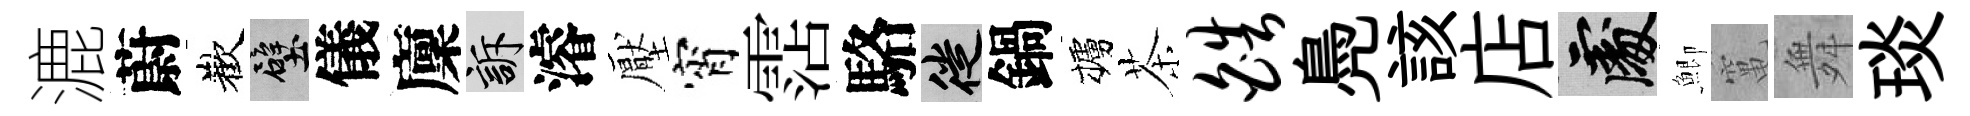
漉蔚歡壁儀廩訴濬壓宵霑駱徙鍋櫨茶皓鳧該店處鯽𥧄舞琰